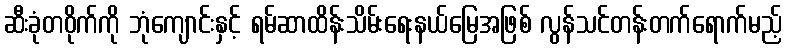
ဆီးခုံတဝိုက်ကို ဘုံကျောင်းနှင့် ရမ်ဆာထိန်းသိမ်းရေးနယ်မြေအဖြစ် လွန်သင်တန်းတက်ရောက်မည့်